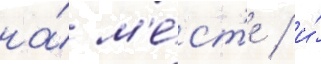
на́ м'е́ст'е / и́